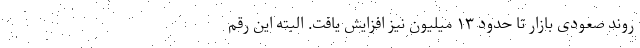
روند صعودی بازار تا حدود ۱۳ میلیون نیز افزایش یافت. البته این رقم